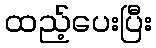
ထည့်ပေးပြီး